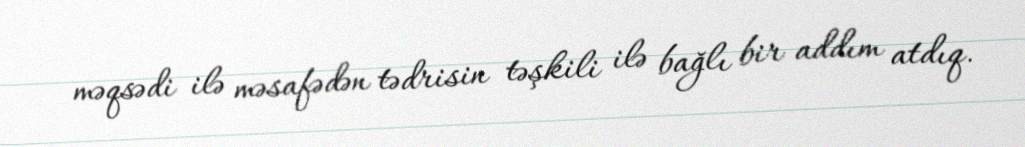
məqsədi ilə məsafədən tədrisin təşkili ilə bağlı bir addım atdıq.